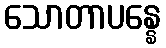
သောတာပန္နေ